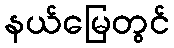
နယ်မြေတွင်